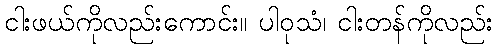
ငါးဖယ်ကိုလည်းကောင်း။ ပါဝုသံ၊ ငါးတန်ကိုလည်း